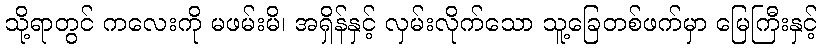
သို့ရာတွင် ကလေးကို မဖမ်းမိ၊ အရှိန်နှင့် လှမ်းလိုက်သော သူ့ခြေတစ်ဖက်မှာ မြေကြီးနှင့်